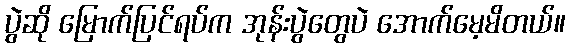
ပွဲဆို မြောက်ပြင်ရပ်က အုန်းပွဲတွေပဲ အောက်မေ့မိတယ်။